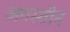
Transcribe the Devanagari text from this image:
अगस्तीन